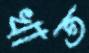
খাত